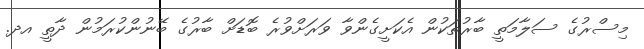
މިސްރުގެ ސަލާމަތީ ބާރުތަކުން އެކަށީގެންވާ ވަރަށްވުރެ ބޮޑަށް ބާރުގެ ބޭނުންކުރަމުން ދާތީ އދ.